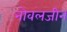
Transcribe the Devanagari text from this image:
नोवलजीन